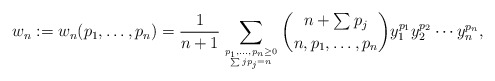
\begin{gather*}w_{n} :=w_n(p_1,\ldots,p_n) = {\frac{1}{n+1}} \sum_{p_1,\ldots, p_n \ge 0 \atop \sum j p_j=n} \binom{n+\sum p_j}{n,p_1, \ldots,p_n} y_1^{p_{1}} y_2^{p_{2}} \cdots y_n^{p_{n}},\end{gather*}